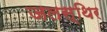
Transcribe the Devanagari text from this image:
जलस्थिर